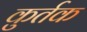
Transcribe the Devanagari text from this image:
कुर्तक